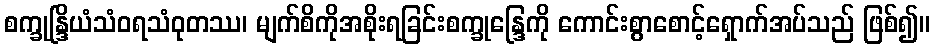
စက္ခုန္ဒြိယံသံဝရသံဝုတဿ၊ မျက်စိကိုအစိုးရခြင်းစက္ခုန္ဒြေကို ကောင်းစွာစောင့်ရှောက်အပ်သည် ဖြစ်၍။